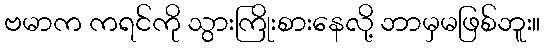
ဗမာက ကရင်ကို သွားကြိုးစားနေလို့ ဘာမှမဖြစ်ဘူး။